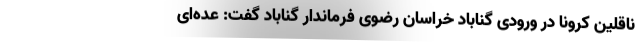
ناقلین کرونا در ورودی گناباد خراسان رضوی فرماندار گناباد گفت: عده‌ای